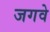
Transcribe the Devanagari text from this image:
जगवे